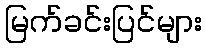
မြက်ခင်းပြင်များ